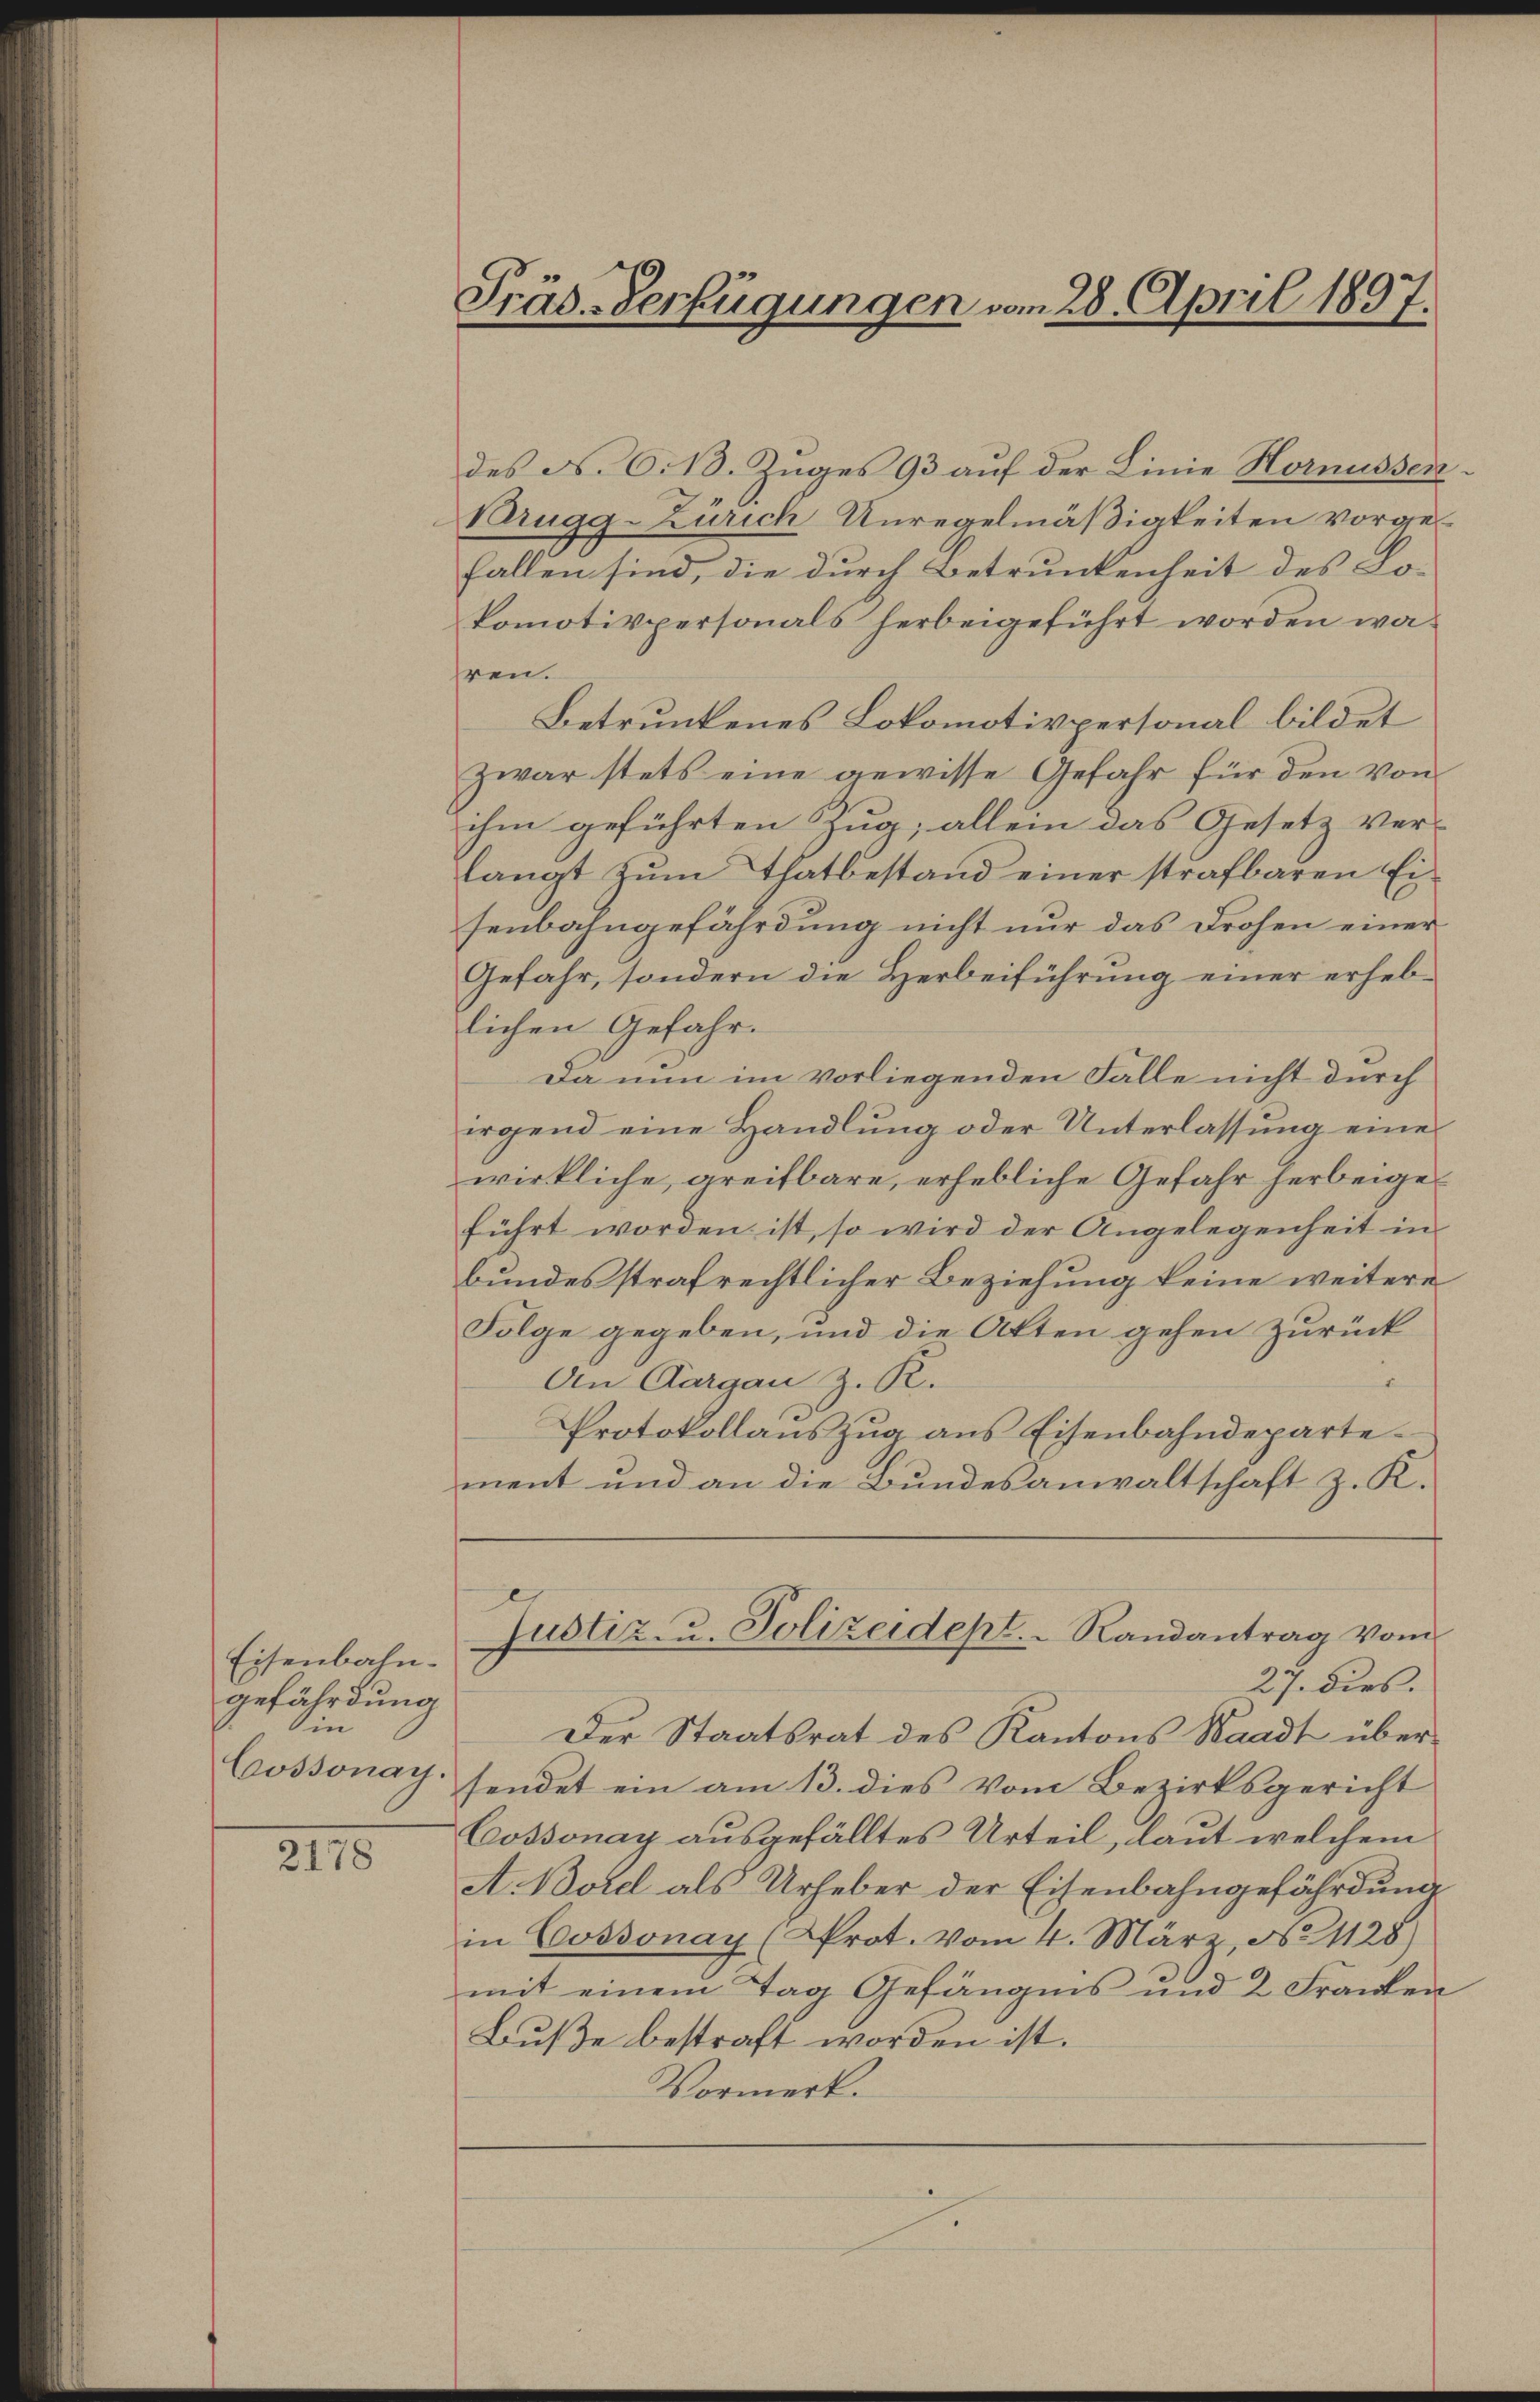
Eisenbahngefährdung
in
Cossonay

2178

Präs. Verfügungen vom 28. April 1897.

des N. O. 13. Zuges 93 auf der Linie Hornüssen¬
Brugg-Zürich Unregelmäßigkeiten vorgefallen sind, die durch Betrunkenheit des Lo-
komotivpersonals herbeigeführt worden währen.
Betrunkenes Lokomotivpersonal bildet
Zwar stets eine gewisse Gefahr für den von
ihm geführten Zug; allein das Gesetz ver-
langt zŭm Thatbestand einer strafbaren Ei
senbahngefährdung nicht nur das Drohen einer
Gefahr, sondern die Herbeiführung einer erheb-
lichen Gefahr.
Da nun im vorliegenden Falle nicht durch
irgend eine Handlung oder Unterlassung eines
wirkliche, greifbare, erhebliche Gefahr herbeigeführt worden ist, so wird der Angelegenheit in
bundes strafrechtlicher Beziehung keine weitere
Folge gegeben, und die Akten gehen zurück
An Aargau z. R.
Protokollauszug aus Eisenbahndeparte
ment und an die Bundesanwaltschaft z. K.
Justiz- u. Polizeidept. Randantrag vom
27. dies.
Der Staatsrat des Kantons Waadt über-
sendet ein am 13. dies vom Bezirksgericht
Cossonay ausgefälltes Urteil, laut welchem
A. Borel als Urheber der Eisenbahngefährdung
in Cossonay (Prot. vom 4. März, No 1128)
mit einem Tag Gefängnis und 2 Franken
Buße bestraft worden ist.
Vormerk.